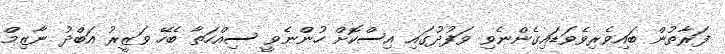
ފަރާތުން ބައިވެރިވެވަޑައިގެންނެވި ވަފުދުގައި އިސްކޮށް ހުންނެވީ ސިއްހަތާ ބެހޭ ވަޒީރު އަބްދު ނާޒިމް